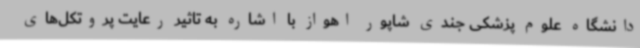
دانشگاه علوم پزشکی جندی شاپور اهواز با اشاره به تاثیر رعایت پروتکل‌های